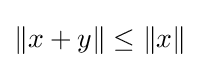
\|x+y\|\leq \|x\|